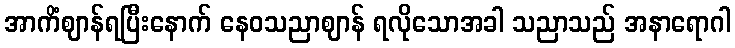
အာကိံဈာန်ရပြီးနောက် နေဝသညာဈာန် ရလိုသောအခါ သညာသည် အနာရောဂါ